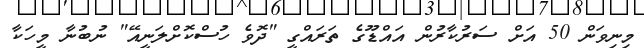
މިނިވަން 50 އަށް ސަރުކާރުން އައްޑޫގެ ތަރައްގީ "ދޮވެ ހުސްކޮށްލަނީއޭ" ނުބުނާ މީހަކާ